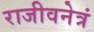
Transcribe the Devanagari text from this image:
राजीवनेत्रं